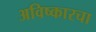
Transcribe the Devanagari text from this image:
अविष्कारचा